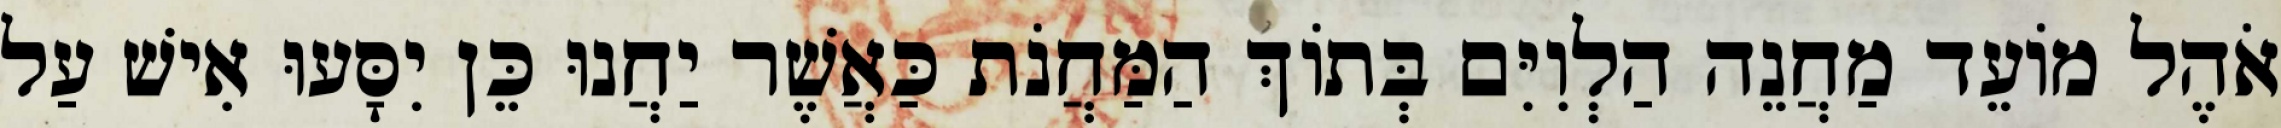
אֹהֶל מוֹעֵד מַחֲנֵה הַלְוִיִּם בְּתוֹךְ הַמַּחֲנֹת כַּאֲשֶׁר יַחֲנוּ כֵּן יִסָּעוּ אִישׁ עַל